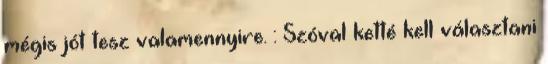
mégis jót tesz valamennyire. : Szóval ketté kell választani